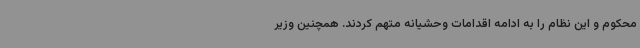
محکوم و این نظام را به ادامه اقدامات وحشیانه متهم کردند. همچنین وزیر